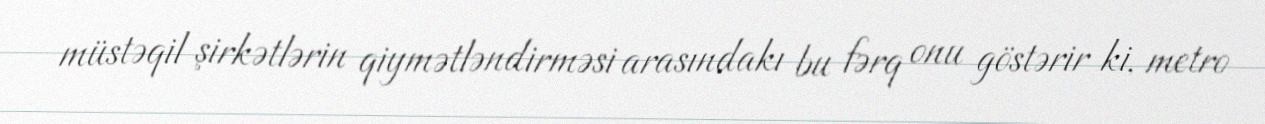
müstəqil şirkətlərin qiymətləndirməsi arasındakı bu fərq onu göstərir ki, metro